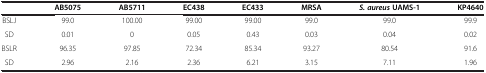
|  | AB5075 | AB5711 | EC438 | EC433 | MRSA | S. aureusUAMS-1 | KP4640 |
 | --- | --- | --- | --- | --- | --- | --- | --- |
 | BSLJ | 99.0 | 100.00 | 99.00 | 99.00 | 99.0 | 99.0 | 99.9 |
 | SD | 0.01 | 0 | 0.05 | 0.43 | 0.03 | 0.04 | 0.02 |
 | BSLR | 96.35 | 97.85 | 72.34 | 85.34 | 93.27 | 80.54 | 91.6 |
 | SD | 2.96 | 2.16 | 2.36 | 6.21 | 3.15 | 7.11 | 1.96 |